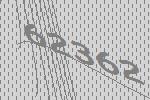
62362